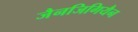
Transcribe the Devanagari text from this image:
जैनजिगियैन